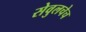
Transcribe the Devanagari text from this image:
सेवुलचेच